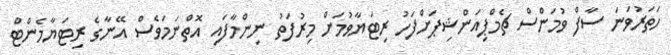
ހަތަރުވަނަ ސާފް ވުމަންސް ޗެމްޕިއަންޝިޕަށްފަހު ރިޓަޔާވުމަށް މިރުފަތު ނިންމާފައި އޮތްނަމަވެސް އޭނާގެ ރިޓަޔާމެންޓް